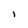
Character: I